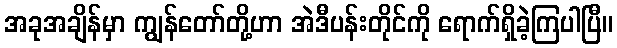
အခုအချိန်မှာ ကျွန်တော်တို့ဟာ အဲဒီပန်းတိုင်ကို ရောက်ရှိခဲ့ကြပါပြီ။